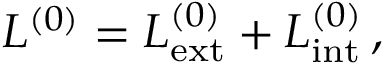
L ^ { ( 0 ) } = L _ { \mathrm { e x t } } ^ { ( 0 ) } + L _ { \mathrm { i n t } } ^ { ( 0 ) } \, ,